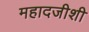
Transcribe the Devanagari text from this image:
महादजीशी